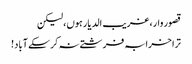
قصور وار، غریب الدیار ہوں، لیکن
ترا خرابہ فرشتے نہ کر سکے آباد!